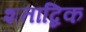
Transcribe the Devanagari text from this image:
शताब्दिक